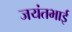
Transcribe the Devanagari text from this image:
जयंतभाई